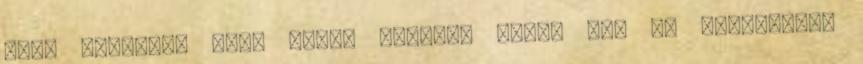
jott egyedul, mert ceges ajandek volt. Azt is gyakorold,